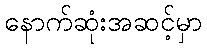
နောက်ဆုံးအဆင့်မှာ